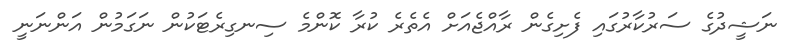
ނަޝީދުގެ ސަރުކާރުގައި ފެށިގެން ރާއްޖެއަށް އެތެރެ ކުރާ ކޮންމެ ސިނގިރެޓަކުން ނަގަމުން އަންނަނީ